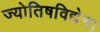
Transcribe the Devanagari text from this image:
ज्योतिषविद्येचा